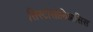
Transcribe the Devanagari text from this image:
सिस्टोसोमिआसिस